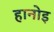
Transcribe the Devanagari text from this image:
हानोइ